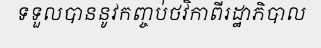
ទទួលបាននូវកញ្ចប់ថវិកាពីរដ្ឋាភិបាល